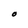
Character: O